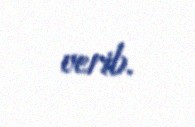
verib.